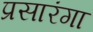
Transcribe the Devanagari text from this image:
प्रसारंगा